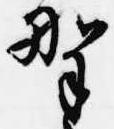
野